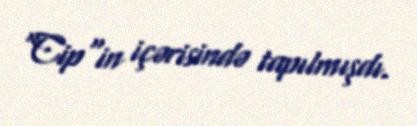
"Cip"in içərisində tapılmışdı.